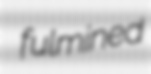
fulmined